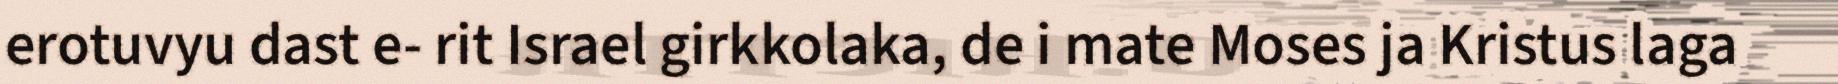
erotuvyu dast e- rit Israel girkkolaka, de i mate Moses ja Kristus laga